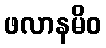
ဖလာနမိဝ